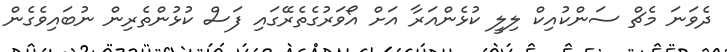
ދެވަނަ މެޗް ސަންކުއިކް ލިލީ ކުޅެންއަރާ އަށް އޯވަރުގެތެރޭގައި ފަސް ކުޅުންތެރިން ނުބައިވެގެން